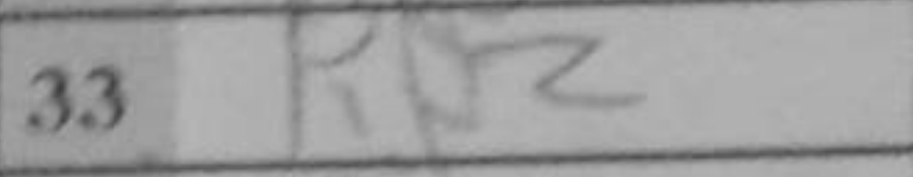
Transcription: Rb2